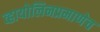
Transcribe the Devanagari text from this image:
व्हायोलिनप्रमाणेच